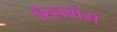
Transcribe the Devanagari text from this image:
रिसपोंस